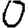
Digit: 0